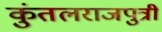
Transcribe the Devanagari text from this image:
कुंतलराजपुत्री